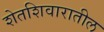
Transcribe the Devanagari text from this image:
शेतशिवारातील